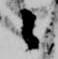
々